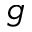
g